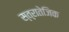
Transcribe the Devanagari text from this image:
स्त्रातेजिक